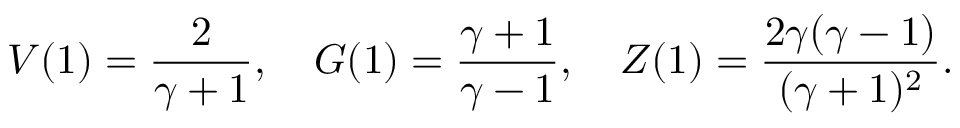
V ( 1 ) = { \frac { 2 } { \gamma + 1 } } , \quad G ( 1 ) = { \frac { \gamma + 1 } { \gamma - 1 } } , \quad Z ( 1 ) = { \frac { 2 \gamma ( \gamma - 1 ) } { ( \gamma + 1 ) ^ { 2 } } } .